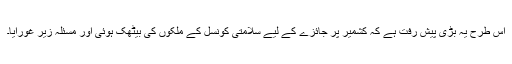
اس طرح یہ بڑی پیش رفت ہے کہ کشمیر پر جائزے کے لیے سلامتی کونسل کے ملکوں کی بیٹھک ہوئی اور مسئلہ زیر غورآیا۔